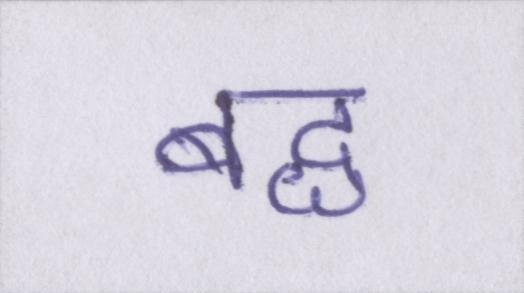
बद्ध